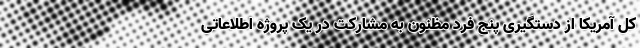
کل آمریکا از دستگیری پنج فرد مظنون به مشارکت در یک پروژه اطلاعاتی